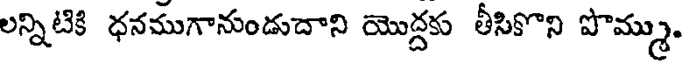
లన్నిటికి ధనముగానుండుదాని యొద్దకు తీసికొని పొమ్ము.